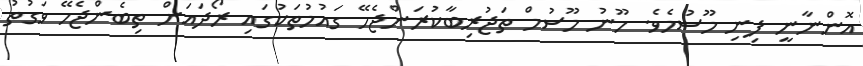
އޮންނާނީ ފިނި މޫސުމެވެ. ހޫނު މޫސުމް ތަޖުރިބާކުރަންޖެހޭ ގައުމުތަކުގައި ރޯދައަށް ތިބެންޖެހޭ ވަގުތު